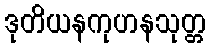
ဒုတိယနကုဟနသုတ္တ